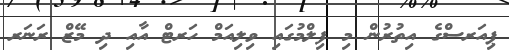
ޕިއަރސްގެ އިތުރުން މި ފިލްމުގައި ވިލިއަމް ހަރޓް އާއި ދި މޭޒް ރަނަރ